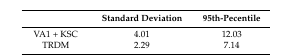
<table><thead><tr><td></td><td><b>Standard Deviation</b></td><td><b>95th-Pecentile</b></td></tr></thead><tbody><tr><td>VA1 + KSC</td><td>4.01</td><td>12.03</td></tr><tr><td>TRDM</td><td>2.29</td><td>7.14</td></tr></tbody></table>